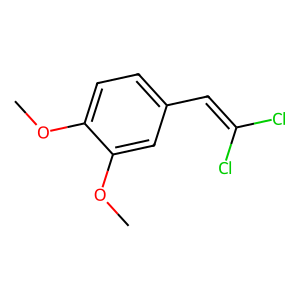
SMILES: COc1ccc(C=C(Cl)Cl)cc1OC
Inhibits HIV replication: No